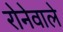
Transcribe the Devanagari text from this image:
रोनेवाले